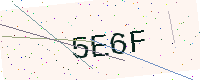
Text: 5E6F